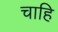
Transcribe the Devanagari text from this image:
चाहि